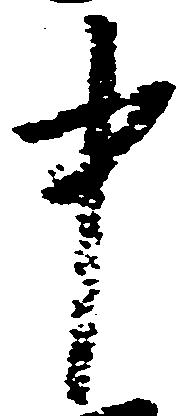
中